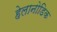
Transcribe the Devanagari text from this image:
हेलानोडिक